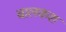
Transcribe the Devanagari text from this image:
बालकश